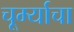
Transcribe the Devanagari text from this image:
चूर्म्याचा